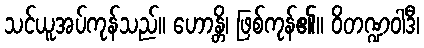
သင်ယူအပ်ကုန်သည်။ ဟောန္တိ၊ ဖြစ်ကုန်၏။ ဝိတဏ္ဍဝါဒီ၊